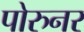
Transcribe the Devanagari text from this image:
पोरुनर